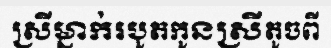
ស្រីម្នាក់របូតកូនស្រីតូចពី